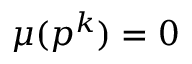
\mu ( p ^ { k } ) = 0